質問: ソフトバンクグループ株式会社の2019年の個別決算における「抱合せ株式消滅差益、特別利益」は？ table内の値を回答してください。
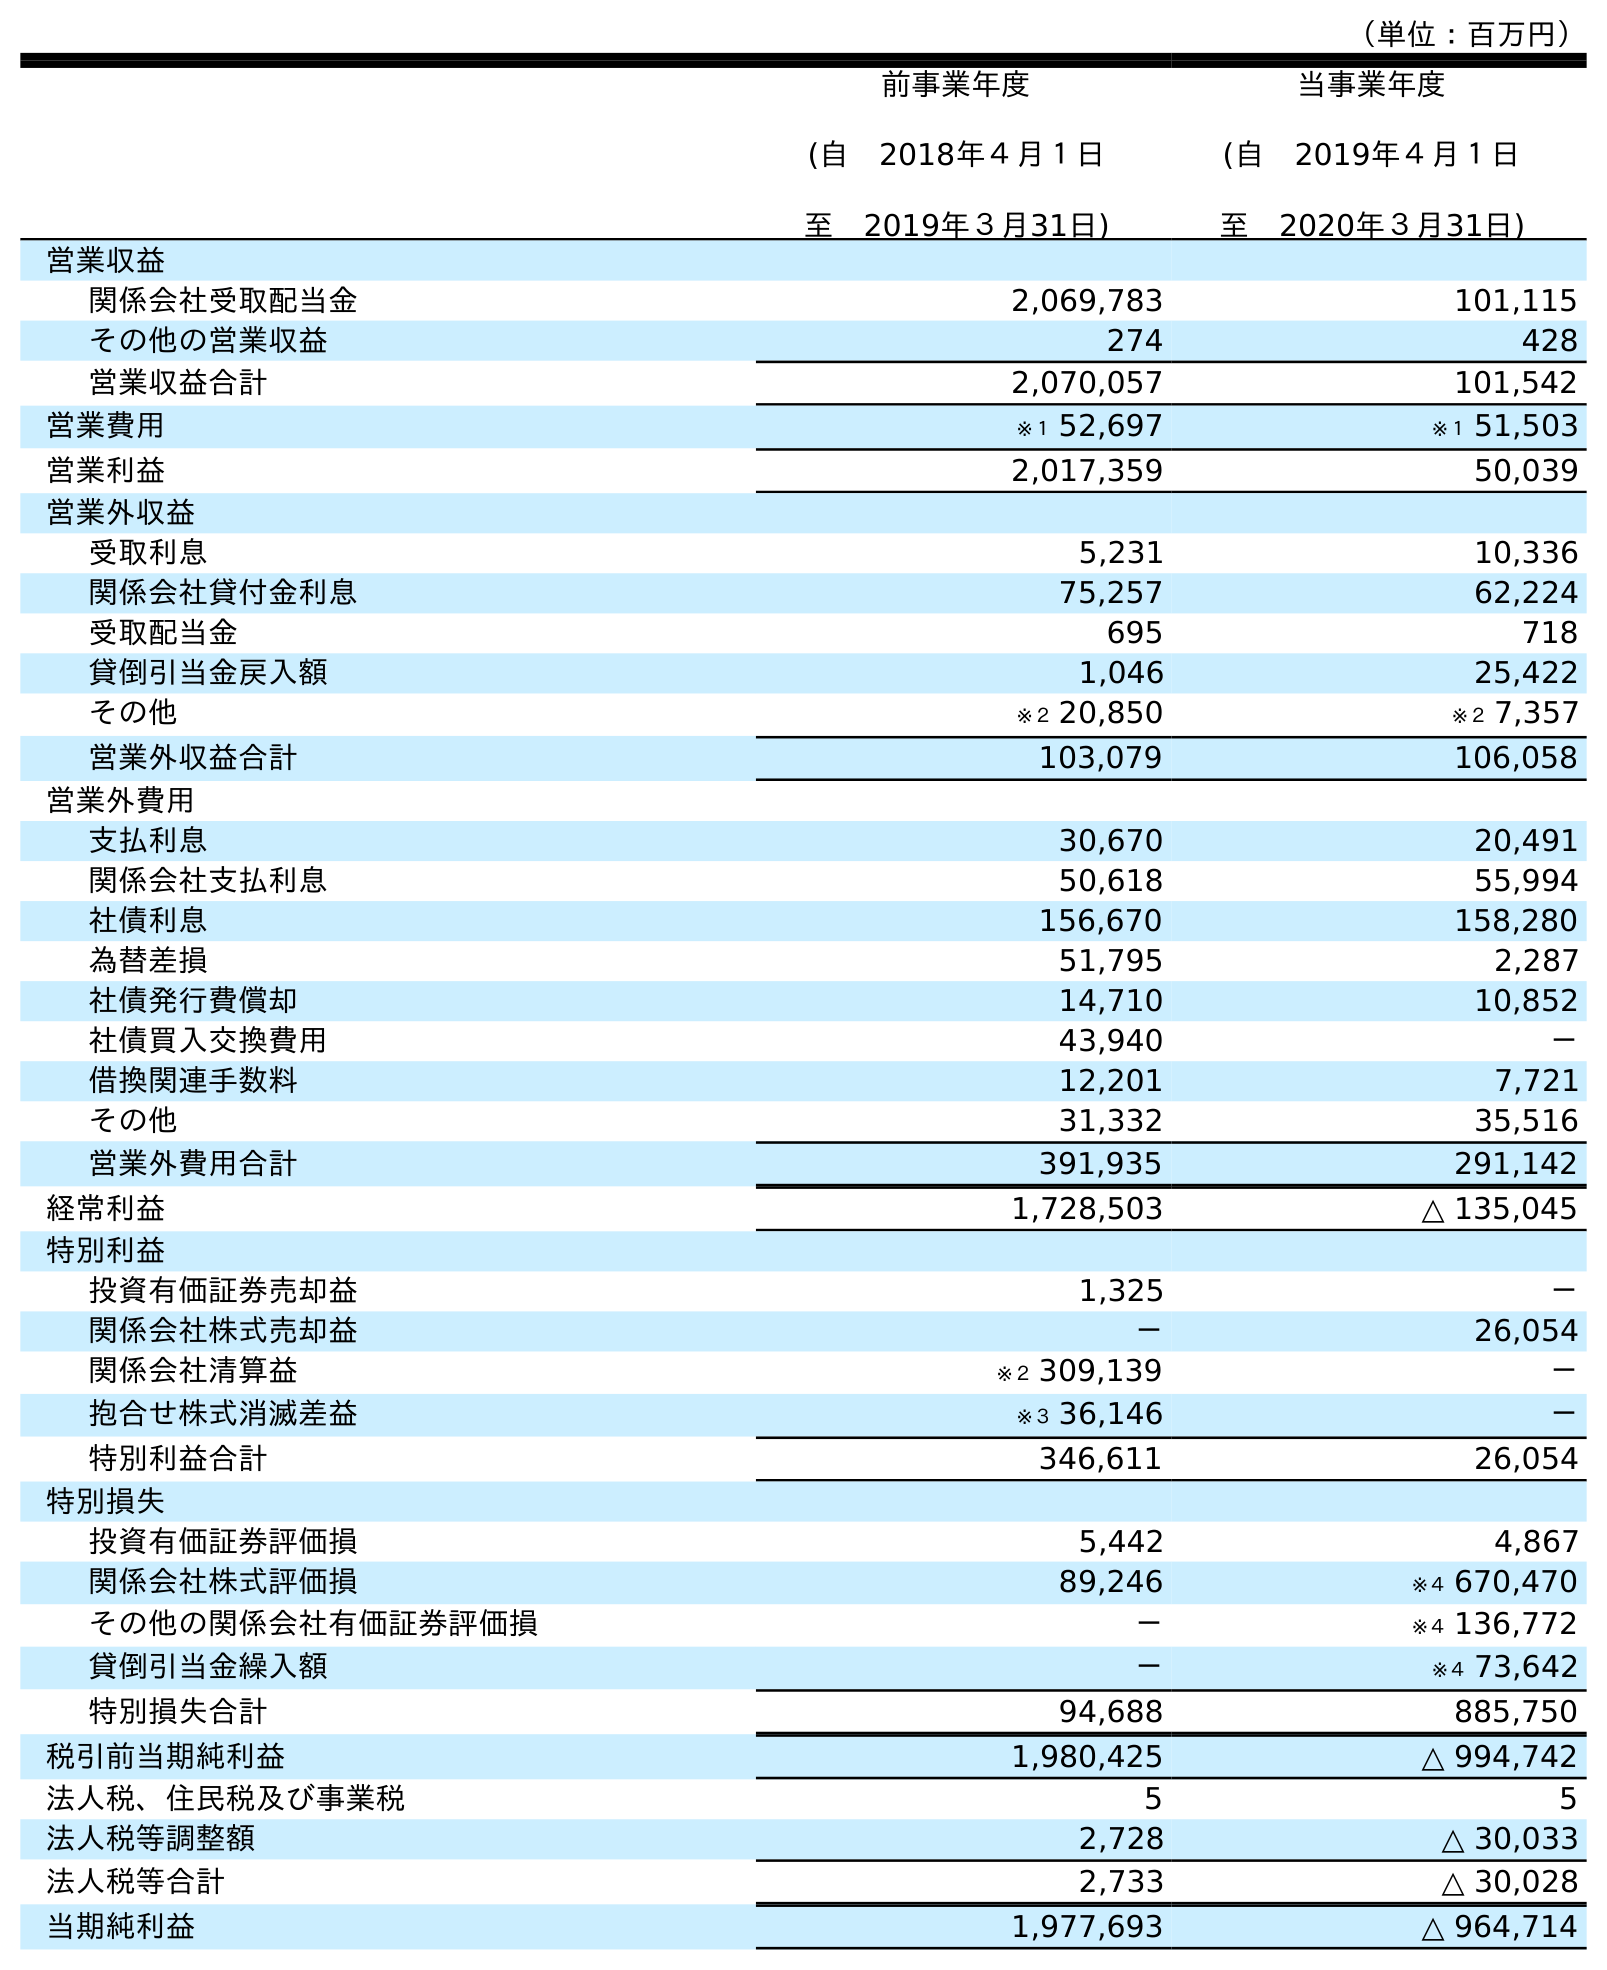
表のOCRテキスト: （単位：百万円） 前事業年度 (自 2018年４月１日 至 2019年３月31日) 当事業年度 (自 2019年４月１日 至 2020年３月31日) 営業収益 関係会社受取配当金 2,069,783 101,115 その他の営業収益 274 428 営業収益合計 2,070,057 101,542 営業費用 ※１ 52,697 ※１ 51,503 営業利益 2,017,359 50,039 営業外収益 受取利息 5,231 10,336 関係会社貸付金利息 75,257 62,224 受取配当金 695 718 貸倒引当金戻入額 1,046 25,422 その他 ※２ 20,850 ※２ 7,357 営業外収益合計 103,079 106,058 営業外費用 支払利息 30,670 20,491 関係会社支払利息 50,618 55,994 社債利息 156,670 158,280 為替差損 51,795 2,287 社債発行費償却 14,710 10,852 社債買入交換費用 43,940 － 借換関連手数料 12,201 7,721 その他 31,332 35,516 営業外費用合計 391,935 291,142 経常利益 1,728,503 △ 135,045 特別利益 投資有価証券売却益 1,325 － 関係会社株式売却益 － 26,054 関係会社清算益 ※２ 309,139 － 抱合せ株式消滅差益 ※３ 36,146 － 特別利益合計 346,611 26,054 特別損失 投資有価証券評価損 5,442 4,867 関係会社株式評価損 89,246 ※４ 670,470 その他の関係会社有価証券評価損 － ※４ 136,772 貸倒引当金繰入額 － ※４ 73,642 特別損失合計 94,688 885,750 税引前当期純利益 1,980,425 △ 994,742 法人税、住民税及び事業税 5 5 法人税等調整額 2,728 △ 30,033 法人税等合計 2,733 △ 30,028 当期純利益 1,977,693 △ 964,714
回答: ※３36,146